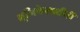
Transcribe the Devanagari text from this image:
भूमिकेसाठीही